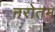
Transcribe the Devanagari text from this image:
नरोतम